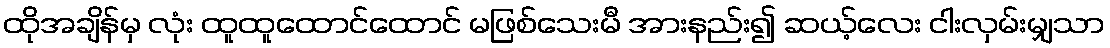
ထိုအချိန်မှ လုံး ထူထူထောင်ထောင် မဖြစ်သေးမီ အားနည်း၍ ဆယ့်လေး ငါးလှမ်းမျှသာ